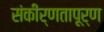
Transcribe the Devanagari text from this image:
संकीर्णतापूर्ण